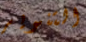
التنوير